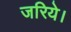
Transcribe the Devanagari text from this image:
जरिये।